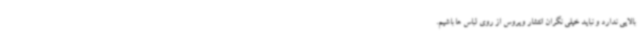
بالایی ندارد و نباید خیلی نگران انتشار ویروس از روی لباس ها باشیم.